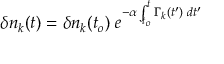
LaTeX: \delta n _ { k } ( t ) = \delta n _ { k } ( t _ { o } ) \; e ^ { - \alpha \int _ { t _ { o } } ^ { t } \Gamma _ { k } ( t ^ { \prime } ) \; d t ^ { \prime } }